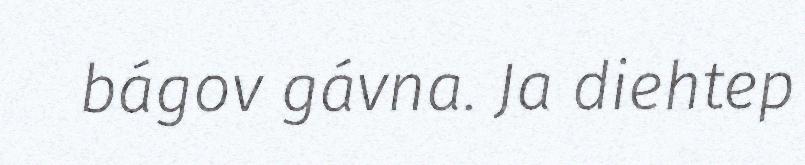
bágov gávna. Ja diehtep